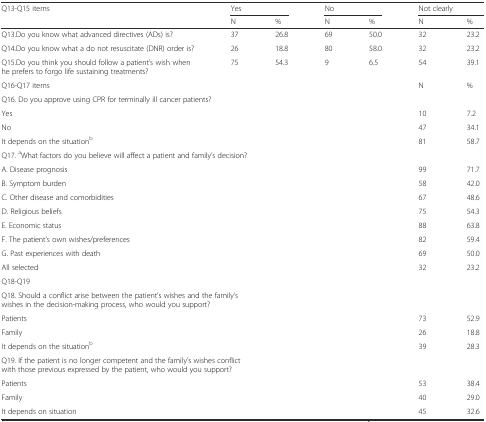
| Q13-Q15 items | <COLSPAN=2> Yes | <COLSPAN=2> No | <COLSPAN=2> Not clearly |
 |  | N | % | N | % | N | % |
 | --- | --- | --- | --- | --- | --- | --- |
 | Q13.Do you know what advanced directives (ADs) is? | 37 | 26.8 | 69 | 50.0 | 32 | 23.2 |
 | Q14.Do you know what a do not resuscitate (DNR) order is? | 26 | 18.8 | 80 | 58.0 | 32 | 23.2 |
 | Q15.Do you think you should follow a patient’s wish when he prefers to forgo life sustaining treatments? | 75 | 54.3 | 9 | 6.5 | 54 | 39.1 |
 | Q16-Q17 items |  |  |  |  | N | % |
 | <COLSPAN=7> Q16. Do you approve using CPR for terminally ill cancer patients? |
 | Yes |  |  |  |  | 10 | 7.2 |
 | No |  |  |  |  | 47 | 34.1 |
 | It depends on the situationb |  |  |  |  | 81 | 58.7 |
 | <COLSPAN=7> Q17. aWhat factors do you believe will affect a patient and family’s decision? |
 | A. Disease prognosis |  |  |  |  | 99 | 71.7 |
 | B. Symptom burden |  |  |  |  | 58 | 42.0 |
 | C. Other disease and comorbidities |  |  |  |  | 67 | 48.6 |
 | D. Religious beliefs |  |  |  |  | 75 | 54.3 |
 | E. Economic status |  |  |  |  | 88 | 63.8 |
 | F. The patient’s own wishes/preferences |  |  |  |  | 82 | 59.4 |
 | G. Past experiences with death |  |  |  |  | 69 | 50.0 |
 | All selected |  |  |  |  | 32 | 23.2 |
 | Q18-Q19 |  |  |  |  |  |  |
 | <COLSPAN=7> Q18. Should a conflict arise between the patient’s wishes and the family’s wishes in the decision-making process, who would you support? |
 | Patients |  |  |  |  | 73 | 52.9 |
 | Family |  |  |  |  | 26 | 18.8 |
 | It depends on the situationb |  |  |  |  | 39 | 28.3 |
 | <COLSPAN=7> Q19. If the patient is no longer competent and the family’s wishes conflict with those previous expressed by the patient, who would you support? |
 | Patients |  |  |  |  | 53 | 38.4 |
 | Family |  |  |  |  | 40 | 29.0 |
 | It depends on situation |  |  |  |  | 45 | 32.6 |